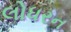
લોધરન